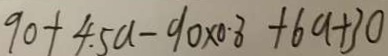
9 0 + 4 . 5 a - 9 0 \times 0 . 8 + 6 a + 3 0